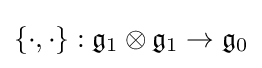
\{\cdot ,\cdot \}:{\mathfrak {g}}_{1}\otimes {\mathfrak {g}}_{1}\rightarrow {\mathfrak {g}}_{0}